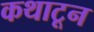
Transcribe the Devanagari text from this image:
कथाटून